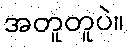
အတူတူပဲ။